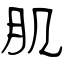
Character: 肌